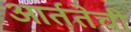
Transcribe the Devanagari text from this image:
आर्ततेची